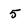
Character: 5